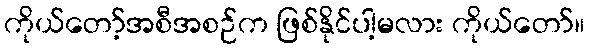
ကိုယ်တော့်အစီအစဉ်က ဖြစ်နိုင်ပါ့မလား ကိုယ်တော်။